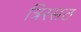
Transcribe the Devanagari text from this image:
त्रिरसठ